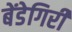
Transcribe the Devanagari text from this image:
बेंडेगिरी